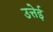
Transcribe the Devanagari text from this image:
उत्तेई